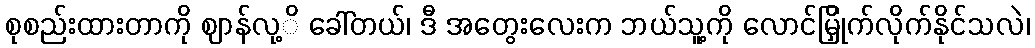
စုစည်းထားတာကို ဈာန်လု့ိ ခေါ်တယ်၊ ဒီ အတွေးလေးက ဘယ်သူ့ကို လောင်မြှိုက်လိုက်နိုင်သလဲ၊